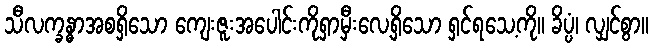
သီလက္ခန္ဓာအစရှိသော ကျေးဇူးအပေါင်းကိုရှာမှီးလေ့ရှိသော ရှင်ရသေ့ကို။ ခိပ္ပံ၊ လျှင်စွာ။